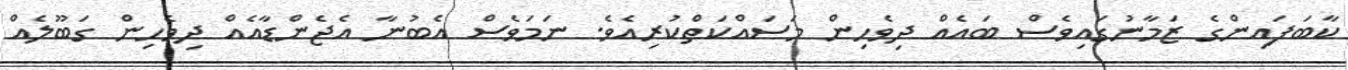
ކާބަފައިންގެ ޒަމާނުގައިވެސް ބައެއް ދިވެހިން މަސައްކަތްކުރިއެވެ. ނަމަވެސް އެބުނާ އެޖެންޑާއެއް ދިވެހިން ގަބޫލެއް